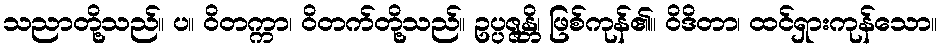
သညာတို့သည်။ ပ။ ဝိတက္ကာ၊ ဝိတက်တို့သည်။ ဥပ္ပဇ္ဇန္တိ၊ ဖြစ်ကုန်၏။ ဝိဒိတာ၊ ထင်ရှားကုန်သော။